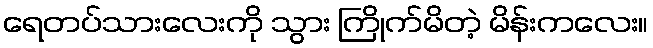
ရေတပ်သားလေးကို သွား ကြိုက်မိတဲ့ မိန်းကလေး။